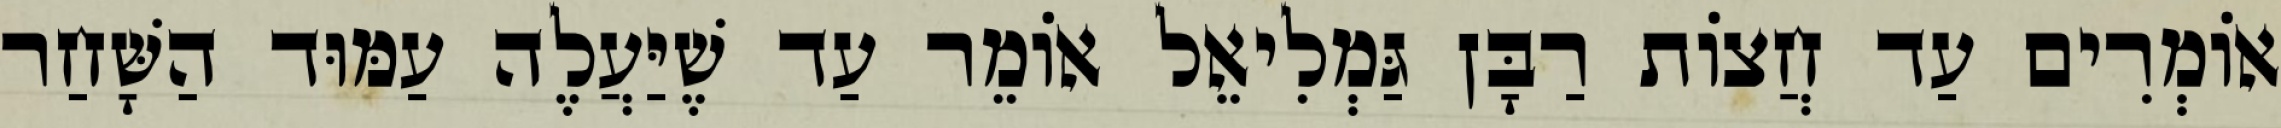
אוֹמְרִים עַד חֲצוֹת רַבָּן גַּמְלִיאֵל אוֹמֵר עַד שֶׁיַּעֲלֶה עַמּוּד הַשָּׁחַר